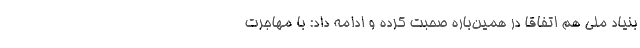
بنیاد ملی هم اتفاقا در همین‌باره صحبت کرده و ادامه داد: با مهاجرت